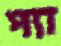
প্যা